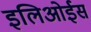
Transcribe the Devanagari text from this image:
इलिओईस